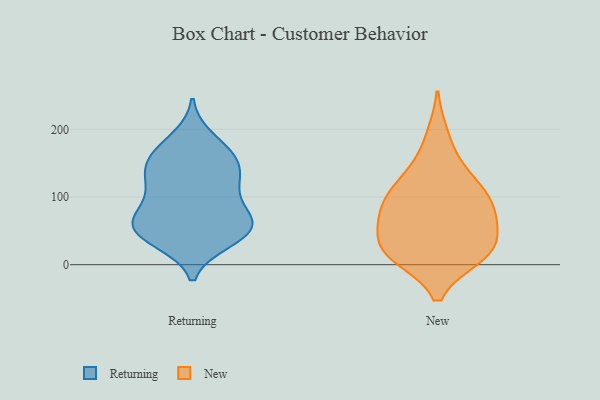
{"axis": {"x": "Production Output", "y": "Value"}, "legend": ["New", "Returning"], "data": [{"x": "", "y": 56, "type": "Returning"}, {"x": "", "y": 55, "type": "Returning"}, {"x": "", "y": 106, "type": "Returning"}, {"x": "", "y": 55, "type": "Returning"}, {"x": "", "y": 65, "type": "Returning"}, {"x": "", "y": 149, "type": "Returning"}, {"x": "", "y": 39, "type": "Returning"}, {"x": "", "y": 150, "type": "Returning"}, {"x": "", "y": 74, "type": "Returning"}, {"x": "", "y": 46, "type": "Returning"}, {"x": "", "y": 119, "type": "Returning"}, {"x": "", "y": 134, "type": "Returning"}, {"x": "", "y": 186, "type": "Returning"}, {"x": "", "y": 118, "type": "Returning"}, {"x": "", "y": 75, "type": "Returning"}, {"x": "", "y": 162, "type": "Returning"}, {"x": "", "y": 167, "type": "Returning"}, {"x": "", "y": 36, "type": "Returning"}, {"x": "", "y": 84, "type": "New"}, {"x": "", "y": 51, "type": "New"}, {"x": "", "y": 191, "type": "New"}, {"x": "", "y": 145, "type": "New"}, {"x": "", "y": 23, "type": "New"}, {"x": "", "y": 45, "type": "New"}, {"x": "", "y": 94, "type": "New"}, {"x": "", "y": 13, "type": "New"}, {"x": "", "y": 12, "type": "New"}, {"x": "", "y": 16, "type": "New"}, {"x": "", "y": 109, "type": "New"}, {"x": "", "y": 76, "type": "New"}, {"x": "", "y": 63, "type": "New"}, {"x": "", "y": 99, "type": "New"}, {"x": "", "y": 129, "type": "New"}, {"x": "", "y": 16, "type": "New"}]}